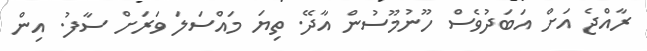
ރާއްޖެ އަށް އަބަދުވެސް ހޫނުމޫސުން އާދޭ. ތިޔަ މައްސަލަ ވަރަށް ސާފު. އިން